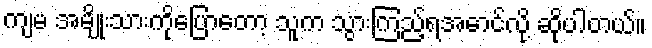
ကျမ အမျိုးသားကိုပြောတော့ သူက သွားကြည့်ရအောင်လို့ ဆိုပါတယ်။